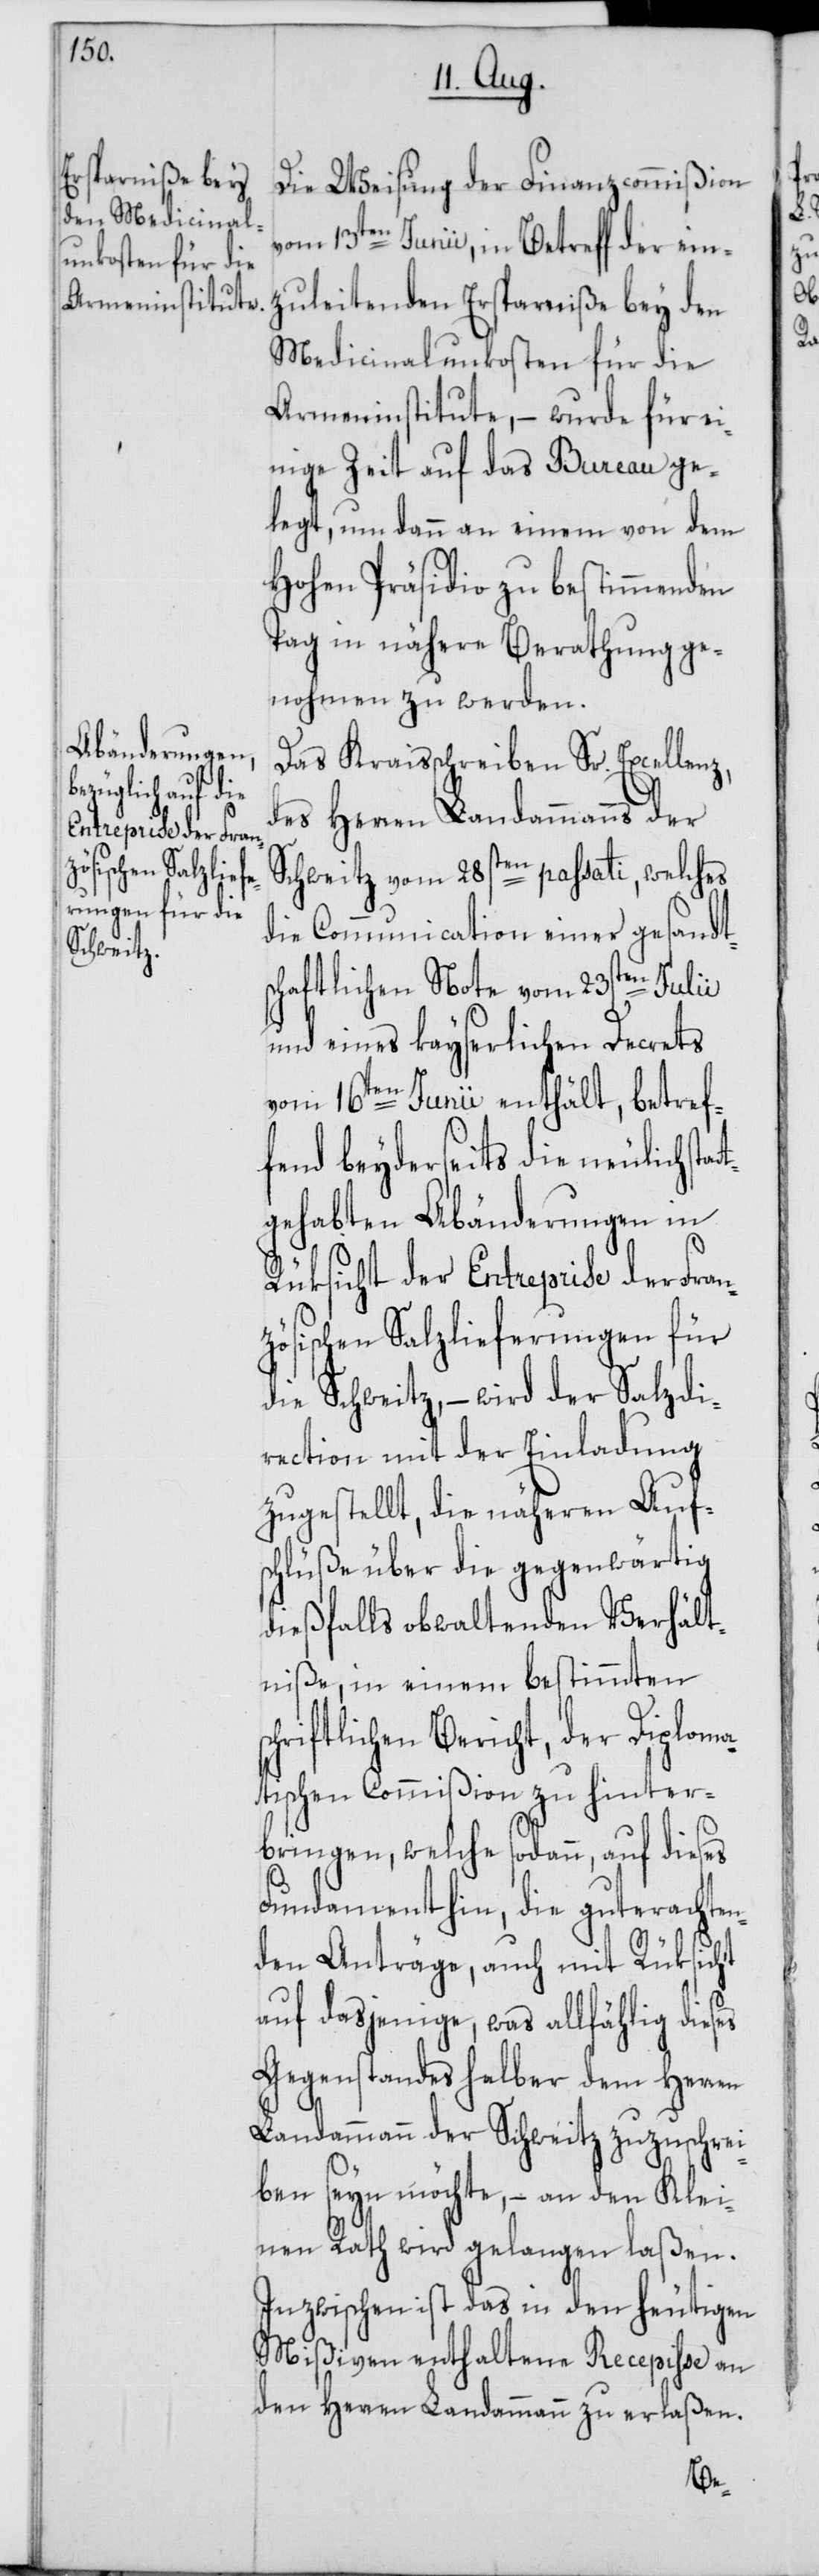
Die Weisung der Finanzcommißion
vom 13ten Junii, in Betreff der ein¬
zuleitenden Ersparniße bey den
Medicinalunkosten für die
Armeninstitute, – wurde für ei¬
nige Zeit auf das Bureau ge¬
legt, um dann an einem von dem
Hohen Präsidio zu bestimmenden
Tag in nähere Berathung ge¬
nohmen zu werden.
Das Kraisschreiben Sr. Excellenz,
des Herren Landammanns der
Schweitz vom 28sten passati, welches
die Communication einer gesandt¬
schaftlichen Note vom 23sten Julii
und eines kayserlichen Decrets
vom 16ten Junii enthält, betref¬
fend beyderseits die neulich stat¬
tgehabten Abänderungen in
Rüksicht der Entreprise der Fran¬
zösischen Salzlieferungen für
die Schweitz, – wird der Salzdi¬
rection mit der Einladung
zugestellt, die näheren Auf¬
schlüße über die gegenwärtig
dießfalls obwaltenden Verhält¬
niße, in einem bestimmten s¬
chriftlichen Bericht, der Diploma¬
tischen Commißion zu hinter¬
bringen, welche sodann, auf dieses
Fundament hin, die gut erachten¬
den Anträge, auch mit Rüksicht
auf dasjenige, was allfählig dieses
Gegenstandes halber dem Herren
Landammann der Schweitz zuzuschrei¬
ben seyn möchte, – an den Klei¬
nen Rath wird gelangen laßen.
Inzwischen ist das in den heutigen
Mißiven enthaltene Recepisse an
den Herren Landammann zu erlaßen.